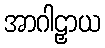
အာဂါဠှာယ